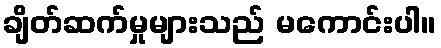
ချိတ်ဆက်မှုများသည် မကောင်းပါ။